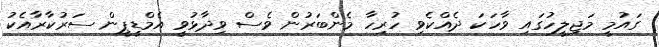
ގައުމީ މަޖިލީހުގައި ވާހަކަ ދެއްކެވި ހުރިހާ މެންބަރުން ވެސް ވިދާޅުވީ އެމްޑީޕީން ސަރުކާރާއެކު